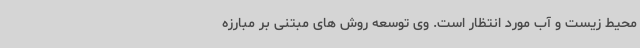
محیط زیست و آب مورد انتظار است. وی توسعه روش های مبتنی بر مبارزه